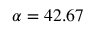
\alpha = 4 2 . 6 7